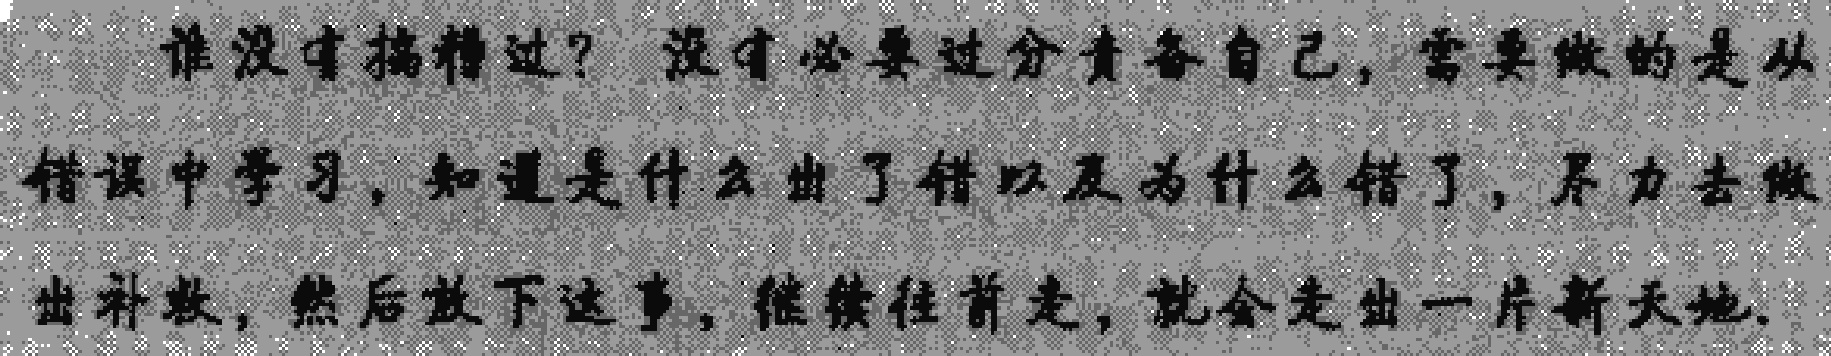
谁没有搞糟过？没有必要过分责备自己，需要做的是从错误中学习，知道是什么出了错以及为什么错了，尽力去做出补救，然后放下这事，继续往前走，就会走出一片新天地.